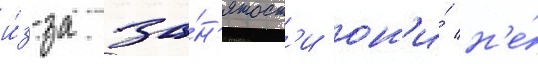
и́з-за за́н'ятост'и он'и́ н'е́